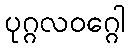
ပုဂ္ဂလဝဂ္ဂေါ